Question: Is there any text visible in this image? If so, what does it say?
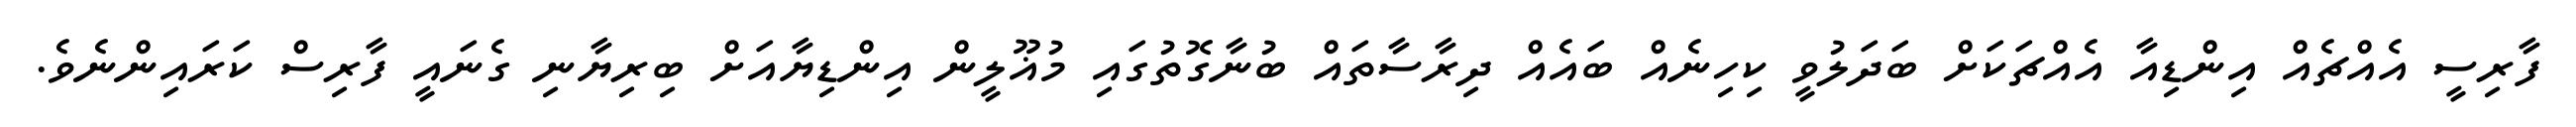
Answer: ފާރިސީ އެއްޗެއް އިންޑިއާ އެއްޗަކަށް ބަދަލުވީ ކިހިނެއް ބައެއް ދިރާސާތައް ބުނާގޮތުގައި މުޣޫލީން އިންޑިޔާއަށް ބިރިޔާނި ގެނައީ ފާރިސް ކަރައިންނެވެ.